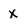
Character: x